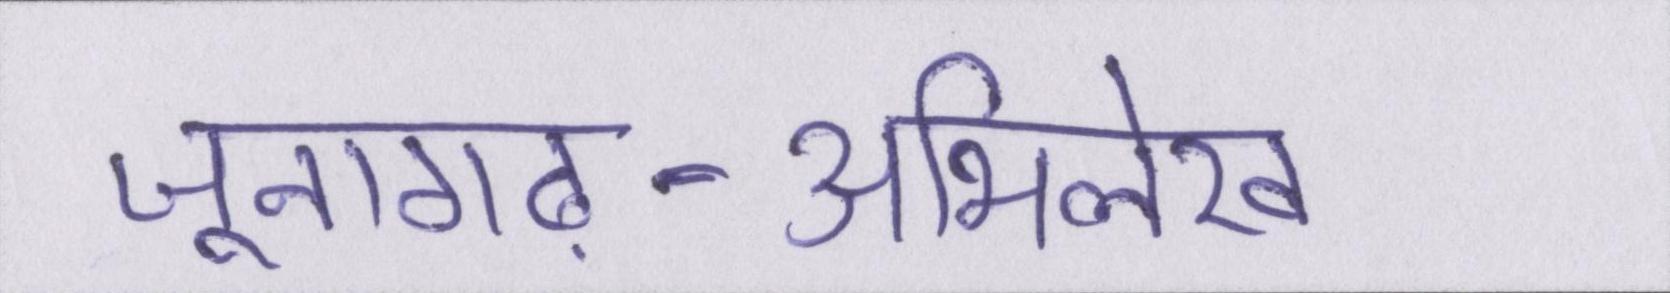
जूनागढ़-अभिलेख